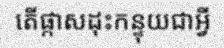
តើផ្កាសដុះកន្ទុយជាអ្វី